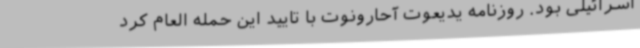
اسرائیلی بود. روزنامه یدیعوت آحارونوت با تایید این حمله العام کرد